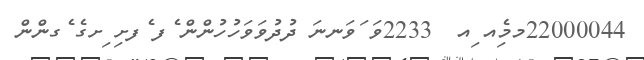
22000044މމެިއ ިއ  2233ވަ ަވަނނަ ދުދުވަވަހުހުންން ެފ ެފށި ިށގެ ެގންން